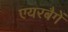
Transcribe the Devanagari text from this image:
एयरबैगें